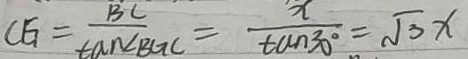
C E _ { 1 } = \frac { B C } { \tan \angle B G C } = \frac { x } { \tan 3 0 ^ { \circ } } = \sqrt { 3 } x